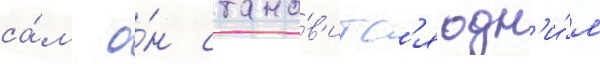
са́м о́н стано́в'итс'я одн'и́м